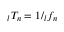
\phantom { } _ { l } T _ { n } = 1 / \phantom { } _ { l } f _ { n }